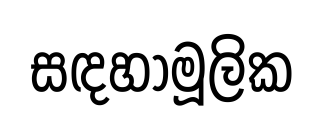
සඳහාමූලික